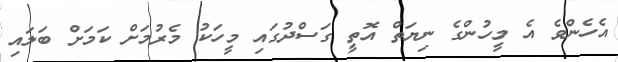
އެހެންވެ އެ މީހުންގެ ނިޔަތް އޮތީ ގަސްދުގައި މީހަކު މެރުމަށް ކަމަށް ބަލައި